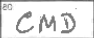
Transcription: CMD